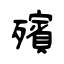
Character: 殯